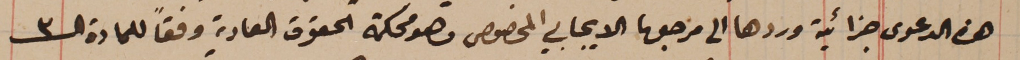
هذه الدعوى جزائية وردها الى مرجعها الايجابي المخصوص وهو محكمة الحقوق العادية وفقاً للمادة الـ٣